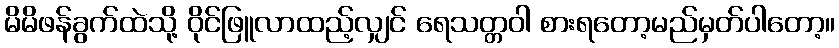
မိမိဖန်ခွက်ထဲသို့ ဝိုင်ဖြူလာထည့်လျှင် ရေသတ္တဝါ စားရတော့မည်မှတ်ပါတော့။